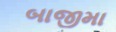
બાજીમા